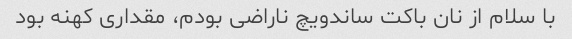
با سلام از نان باکت ساندویچ ناراضی بودم، مقداری کهنه بود